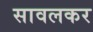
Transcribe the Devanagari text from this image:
सावलकर